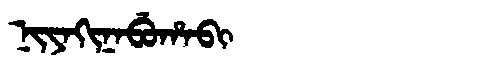
Manchu: ᠨᡳᠶᠠᡴᡳᠨᠠᠪᡠᡥᠠᠪᡳ
Romanization: NIYAKINABUHABI